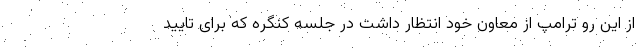
از این رو ترامپ از معاون خود انتظار داشت در جلسه کنگره که برای تایید